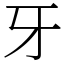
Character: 牙